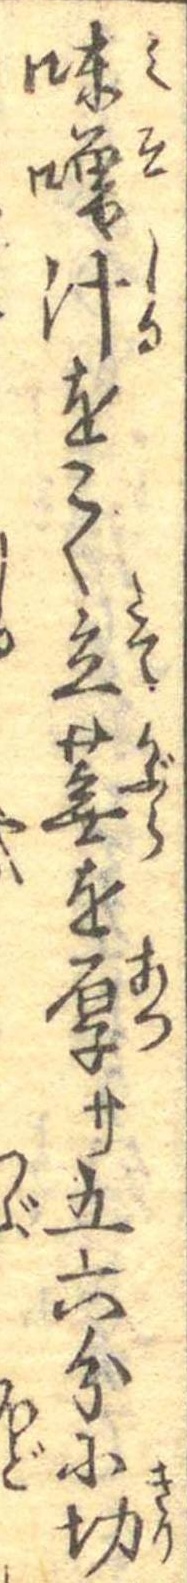
味噌汁をこく立蕪を厚サ五六分に切